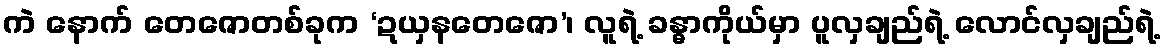
ကဲ နောက် တေဇောတစ်ခုက ‘ဍယှနတေဇော’၊ လူရဲ့ ခန္ဓာကိုယ်မှာ ပူလှချည်ရဲ့ လောင်လှချည်ရဲ့